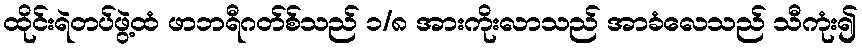
ထိုင်းရဲတပ်ဖွဲ့ထံ ဖာဘရီဂတ်စ်သည် ၁/၈ အားကိုးလာသည် အာခံလေသည် သီကုံး၍